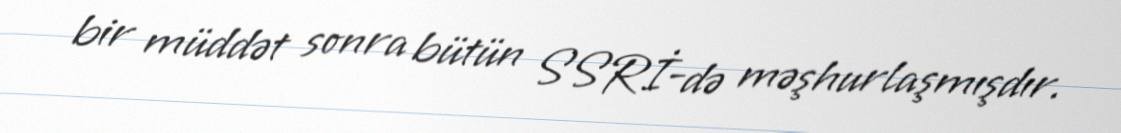
bir müddət sonra bütün SSRİ-də məşhurlaşmışdır.